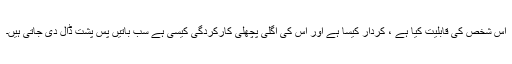
اُس شخص کی قابلیت کیا ہے ، کردار کیسا ہے اور اُس کی اگلی پچھلی کارکردگی کیسی ہے سب باتیں پسِ پشت ڈال دی جاتی ہیں۔